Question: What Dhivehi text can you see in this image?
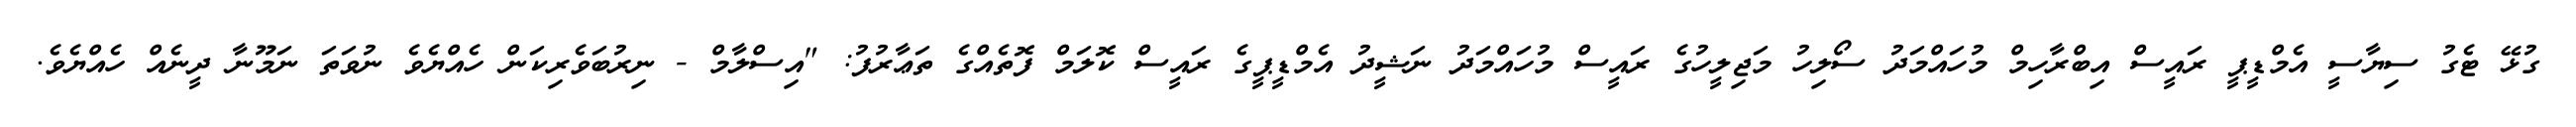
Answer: ގުޅޭ ޓެގު ސިޔާސީ އެމްޑީޕީ ރައީސް އިބްރާހިމް މުހައްމަދު ސޯލިހު މަޖިލީހުގެ ރައީސް މުހައްމަދު ނަޝީދު އެމްޑީޕީގެ ރައީސް ކޮލަމް ފޮތެއްގެ ތަޢާރުފު: "އިސްލާމް - ނިރުބަވެރިކަން ހެއްޔެވެ ނުވަތަ ނަމޫނާ ދީނެއް ހެއްޔެވެ.